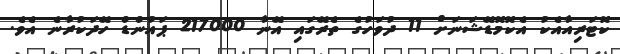
ކޮޓަރިއާއެކު އެކޮމޮޑޭޝަނަށް 11 ދުވަހުގެ ތެރޭގައި އޭނާ 217000 ޕައުންޑް ހޭދަކުރާނެ އެވެ.